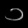
Digit: ၁